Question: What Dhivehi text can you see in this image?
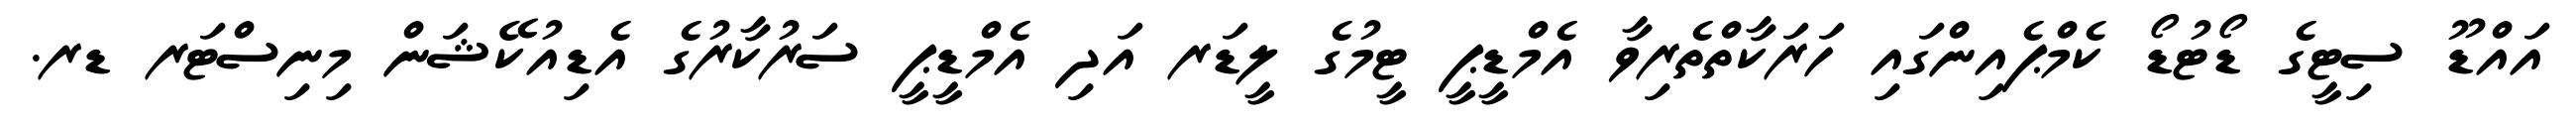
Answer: އައްޑޫ ސިޓީގެ ޑޯޓުޑޯ ކެމްޕެއިންގައި ހަރަކާތްތެރިވާ އެމްޑީޕީ ޓީމުގެ ލީޑަރ އަދި އެމްޑީޕީ ސަރުކާރުގެ އެޑިއުކޭޝަން މިނިސްޓަރ ޑރ.